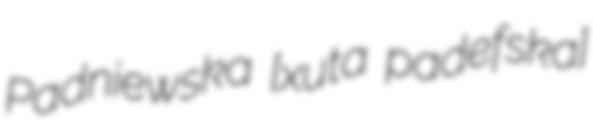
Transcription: Padniewska [ˈxuta padˈɲefska]